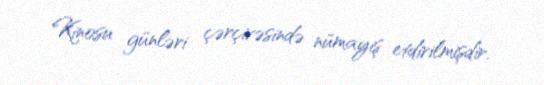
Kinosu günləri çərçivəsində nümayiş etdirilmişdir.